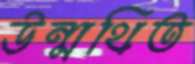
উন্মথিত